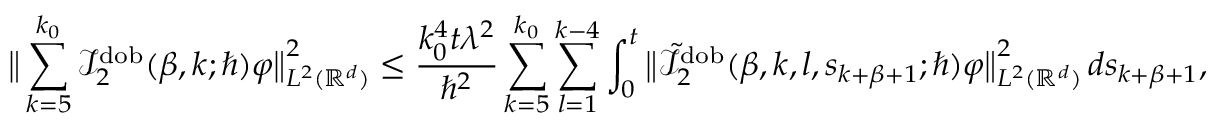
\big \lVert \sum _ { k = 5 } ^ { k _ { 0 } } \mathcal { I } _ { 2 } ^ { \mathrm { d o b } } ( \beta , k ; \hbar ) \varphi \big \rVert _ { L ^ { 2 } ( \mathbb { R } ^ { d } ) } ^ { 2 } \leq \frac { k _ { 0 } ^ { 4 } t \lambda ^ { 2 } } { \hbar ^ { 2 } } \sum _ { k = 5 } ^ { k _ { 0 } } \sum _ { l = 1 } ^ { k - 4 } \int _ { 0 } ^ { t } \big \lVert \tilde { \mathcal { I } } _ { 2 } ^ { \mathrm { d o b } } ( \beta , k , l , s _ { k + \beta + 1 } ; \hbar ) \varphi \big \rVert _ { L ^ { 2 } ( \mathbb { R } ^ { d } ) } ^ { 2 } \, d s _ { k + \beta + 1 } ,